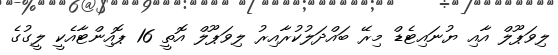
ލިވަޕޫލް އާއި ޔުނައިޓެޑް މިރޭ ބައްދަލުކުރާއިރު ލިވަޕޫލް އޮތީ 16 ޕޮއިންޓާއެކީ ލީގުގެ